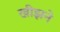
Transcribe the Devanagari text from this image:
खीझने